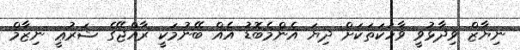
ނިޔާޒް ވިދާޅުވީ ވާހަކަތަކަށް ދިޔަ އެންމެބޮޑު އެއް ބޭނުމަކީ ރާއްޖޭގެ ޝަރުޢީ ނިޒާމް